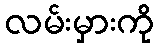
လမ်းမှားကို